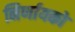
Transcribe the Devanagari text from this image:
निर्णायको